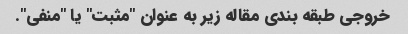
خروجی طبقه بندی مقاله زیر به عنوان "مثبت" یا "منفی".